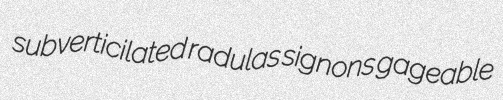
subverticilated radulas signons gageable